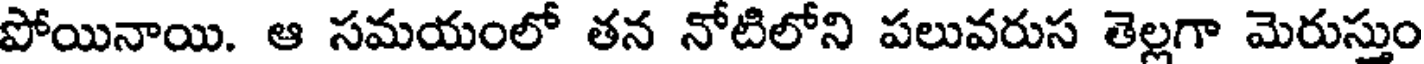
పోయినాయి. ఆ సమయంలో తన నోటిలోని పలువరుస తెల్లగా మెరుస్తుం